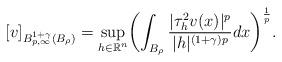
LaTeX: \begin{align*}[v]_{B^{1+\gamma}_{p,\infty}(B_\rho)} = \displaystyle\sup_{h \in \mathbb{R}^{n}} \biggl( \displaystyle\int_{B_\rho} \dfrac{|\tau^2_hv(x)|^{p}}{|h|^{(1+\gamma) p}} dx \biggr)^{\frac{1}{p}}. \end{align*}